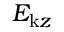
E _ { \mathrm { k } z }